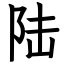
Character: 陆